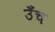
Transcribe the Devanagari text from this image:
उँच